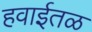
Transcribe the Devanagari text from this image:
हवाईतळ